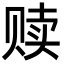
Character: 赎